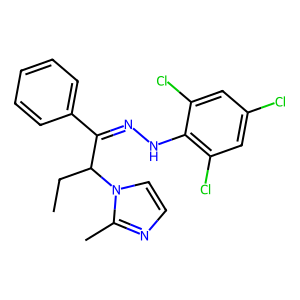
SMILES: CCC(C(=NNc1c(Cl)cc(Cl)cc1Cl)c1ccccc1)n1ccnc1C
Inhibits HIV replication: No